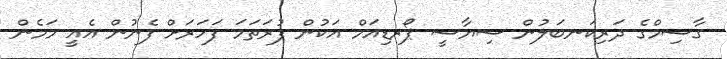
ގާސިމްގެ ދަރިކަނބަލުން ސިޔާސީ ޕޯރޑިއަމް އަކުން ފުރަތަމަ ފަހަރަށް ފެނުން އެއީ މަމެން